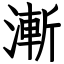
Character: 漸